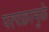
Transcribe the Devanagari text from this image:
परचक्रामुळे